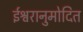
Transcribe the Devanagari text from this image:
ईश्वरानुमोदित